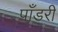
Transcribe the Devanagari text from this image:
पाँडरी